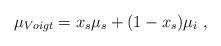
LaTeX: \begin{align*} \mu_{Voigt}=x_{s}\mu_{s}+(1-x_{s})\mu_{i}\ ,\end{align*}